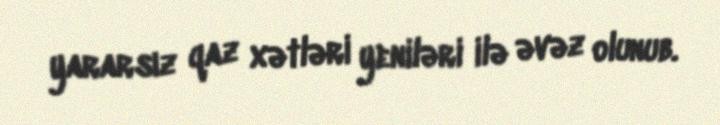
yararsız qaz xətləri yeniləri ilə əvəz olunub.